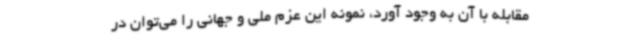
مقابله با آن به وجود آورد، نمونه این عزم ملی و جهانی را می‌توان در